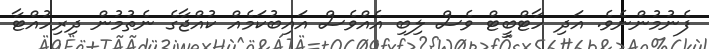
ފެނުމުންނެވެ. އަދި ހާޓްބީޓް ވެސް ލިބި އެއްވެސް އައިބުކަމެއް ކުއްޖާގެ ނެތުމުން ދިރިހުއްޓާ